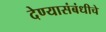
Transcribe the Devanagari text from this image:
देण्यासंबंधीचे